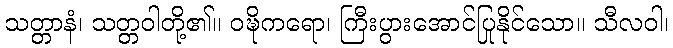
သတ္တာနံ၊ သတ္တဝါတို့၏။ ဝဍ္ဎိကရော၊ ကြီးပွားအောင်ပြုနိုင်သော။ သီလဝါ၊